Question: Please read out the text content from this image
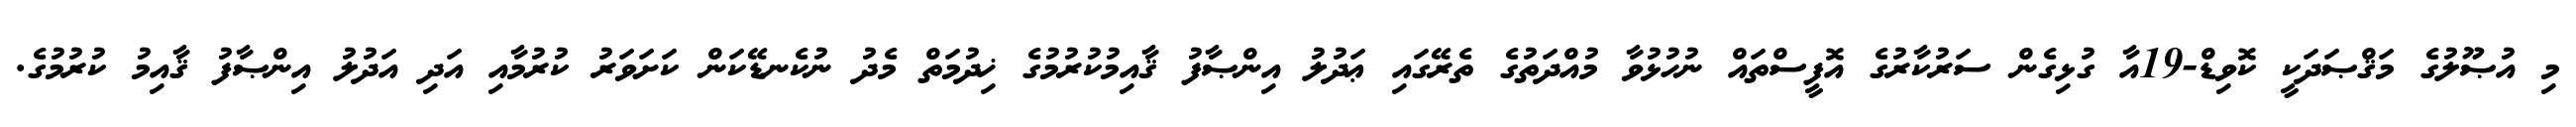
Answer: މި އުޞޫލުގެ މަޤްޞަދަކީ ކޮވިޑް-19އާ ގުޅިގެން ސަރުކާރުގެ އޮފީސްތައް ނުހުޅުވާ މުއްދަތުގެ ތެރޭގައި ޢަދުލު އިންޞާފު ޤާއިމުކުރުމުގެ ޚިދުމަތް މެދު ނުކެނޑޭކަން ކަށަވަރު ކުރުމާއި އަދި އަދުލު އިންޞާފު ޤާއިމު ކުރުމުގެ.